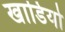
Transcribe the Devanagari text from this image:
खाडियो